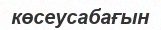
көсеусабағын